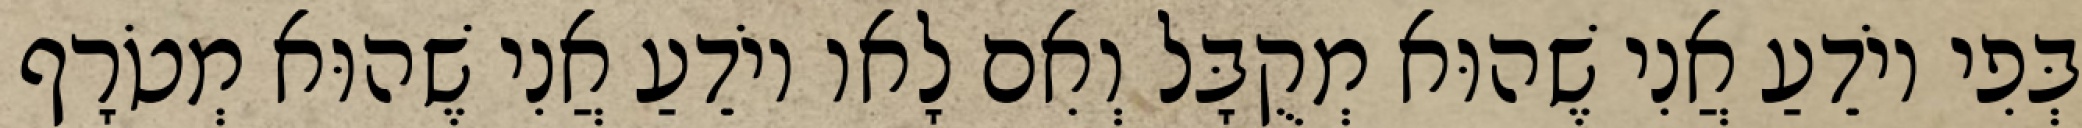
בְּפִי יוֹדֵעַ אֲנִי שֶׁהוּא מְקֻבָּל וְאִם לָאו יוֹדֵעַ אֲנִי שֶׁהוּא מְטֹרָף